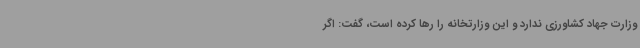
وزارت جهاد کشاورزی ندارد و این وزارتخانه را رها کرده است، گفت: اگر